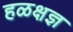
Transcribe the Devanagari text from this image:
हळक्षज्ञ